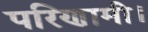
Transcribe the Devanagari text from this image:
परिणामी।